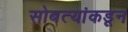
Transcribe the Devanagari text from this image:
सोबत्यांकडून